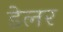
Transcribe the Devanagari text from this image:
डेलर